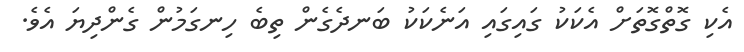
އެކި ގޮތްގޮތަށް އެކަކު ގައިގައި އަނެކަކު ބަނދެގެން ތިބެ ހިނގަމުން ގެންދިޔަ އެވެ.